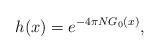
LaTeX: \begin{align*} h(x)=e^{-4\pi N G_0(x)},\end{align*}